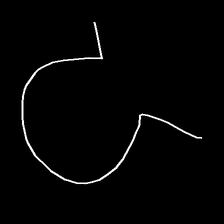
Glyph: weave